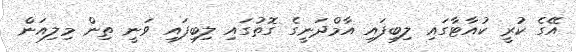
އޭގެ ކުރީ ކުއާޓާގައި ލިބިފައި އާމްދަނީގެ ގޮތުގައި ލިބިފައި ވަނީ ތިން މިލިއަން